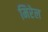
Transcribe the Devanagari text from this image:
मिरेल